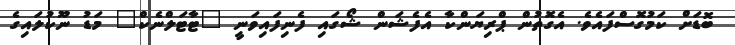
ބޮޑަށް ކަމުގޮސްފައެވެ. އެގޮތުން ޕްރިޔަންކާ އެފެޝަން ޝޯގައި ފެނިފައިވަނީ "ޓާޓަލްނެކް" މަޑު ނޫކުލައިގެ